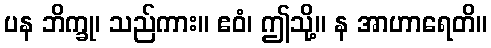
ပန ဘိက္ခု၊ သည်ကား။ ဧဝံ၊ ဤသို့။ န အာဟာရေတိ။